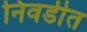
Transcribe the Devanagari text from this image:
निवडीत